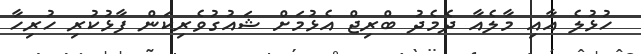
ހުޅުލެ އާއި މާލެއާ ދެމެދު ބްރިޖް އެޅުމަށް ޝައުގުވެރިކަން ފާޅުކުރި ހުރިހާ